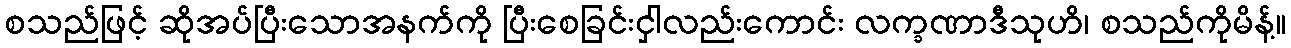
စသည်ဖြင့် ဆိုအပ်ပြီးသောအနက်ကို ပြီးစေခြင်းငှါလည်းကောင်း လက္ခဏာဒီသုဟိ၊ စသည်ကိုမိန့်။